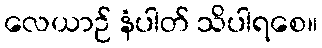
လေယာဉ် နံပါတ် သိပါရစေ။